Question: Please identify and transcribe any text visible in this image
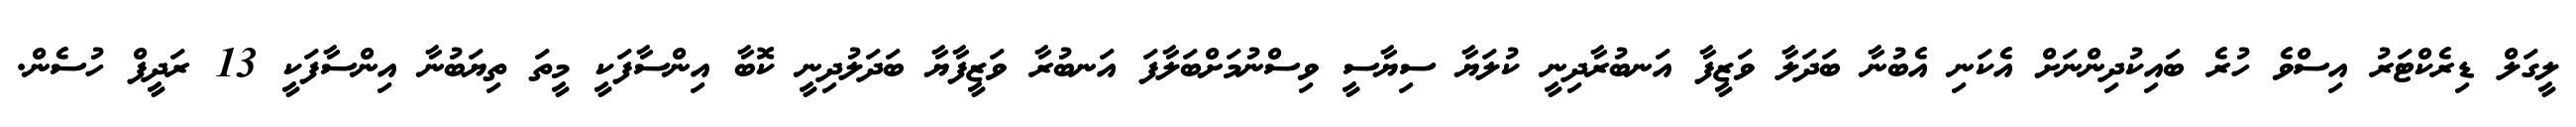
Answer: ލީގަލް ޑިރެކްޓަރު އިސްވެ ހުރެ ބައިކުދިންނަށް އެކަނި އެބުނާ ބަދަލާ ވަޒީފާ އަނބުރާދިނީ ކުލަޔާ ސިޔާސީ ވިސްނުމަށްބަލާފަ އަނބުރާ ވަޒީފާޔާ ބަދަލުދިނީ ކޮބާ އިންސާފަކީ މީތަ ތިޔަބުނާ އިންސާފަކީ 13 ރަދީފް ހުސެން.